Medical and sanitary report of the native army of Bengal for the year
Year: 1878
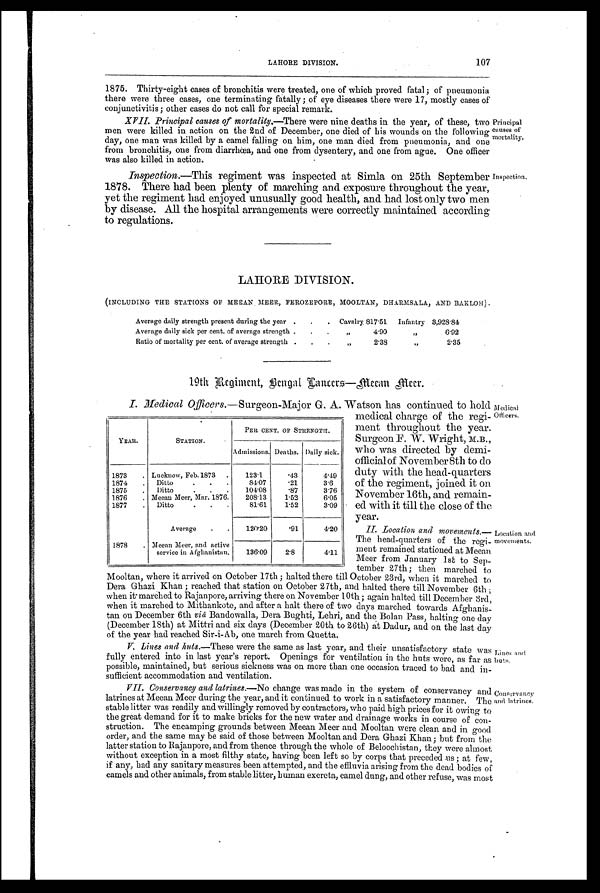
Medical
Officers.
Location and
novenients.
Lines and
huts.
Conservancy
and latrines.
LAHORE DIVISION.
107
1875. Thirty-eight cases of bronchitis were treated, one of which proved fatal ; of pneumonia
there were three cases, one terminating fatally ; of eye diseases there were 17, mostly cases of
conjunctivitis; other cases do not call for special remark.
XVII. Principal causes of mortality.—There were nine deaths in the year, of these, two
men were killed in action on the 2nd of December, one died of his wounds on the following
day, one man was killed by a camel falling on him, one man died from pneumonia, and one
from bronchitis, one from diarrhœa, and one from dysentery, and one from ague. One officer
was also killed in action.
Inspection.—This regiment was inspected at Simla on 25th September
1878. There had been plenty of marching and exposure throughout the year,
yet the regiment had enjoyed unusually good health, and had lost only two men
by disease. All the hospital arrangements were correctly maintained according
to regulations.
Principal
causes of
mortality.
Inspection.
LAHORE DIVISION.
(INCLUDING THE STATIONS OF MEEAN MEER, FEROZEPORE, MOOLTAN, DHARMSALA, AND BAKLOH).
Average daily strength present during the year . . . Cavalry. 817.51 Infantry 3,928.84
Average daily sick per cent. of average strength . . .
„
4.90
,,
6.92
Ratio of mortality per cent. of average strength . . .
„
2.3
,,
2.35
19t h Regi ment , Bengal Lancer s —Meean Meer .
I. Medical Officers. —Surgeon-Major G. A. Watson has continued to hold
medical charge of the regi-
ment throughout the year
Surgeon F. W. Wright, M.B.
who was directed by demi-
official of November 8th to do
duty with the head-quarter
of the regiment, joined it on
November 16th, and remain-
ed with it till the close of the
year.
II. Location and movements.
—The head-quarters of the regi-
ment remained stationed at Meean
Meer from January 1st to Sep-
tember 27th; then marched to
Mooltan, where it arrived on October 17th ; halted there till October 23rd, when it marched to
Dera Ghazi Khan ; reached that station on October 27th, and halted there till November 6th ;
when it marched to Rajanpore, arriving there on November 10th; again halted till December 3rd,
when it marched to Mithankote, and after a halt there of two days marched towards Afghanis-
tan on December 6th viâ Bandowalla, Dera Bughti, Lehri, and the Bolan Pass, halting one day
(December 18th) at Mittri and six days (December 20th to 26th) at Dadur, and on the last day
of the year had reached Sir-i-Ab, one march from Quetta.
V . L i n e s a n d h u t s . — T h e s e w e r e t h e s a m e a s l a s t y e a r , a n d t h e i r u n s a t i s f a c t o r y s t a t e w a s
fully entered into in last year's report. Openings for ventilation in the huts were, as far as
possible, maintained, but serious sickness was on more than one occasion traced to bad and in-
sufficient accommodation and ventilation.
V I I . C o n s e r v a n c y a n d l a t r i n e s . — N o c h a n g e w a s m a d e i n t h e s y s t e m o f c o n s e r v a n c y a n d
latrines at Meean Meer during the year, and it continued to work in a satisfactory manner. The
stable litter was readily and willingly removed by contractors, who paid high prices for it owing to
the great demand for it to make bricks for the new water and drainage works in course of con-
struction. The encamping grounds between Meean Meer and Mooltan were clean and in good
order, and the same may be said of those between Mooltan and Dera Ghazi Khan ; but from the
latter station to Rajanpore, and from thence through the whole of Beloochistan, they were almost
without exception in a most filthy state, having been left so by corps that preceded us ; at few,
if any, had any sanitary measures been attempted, and the effluvia arising from the dead bodies of
camels and other animals, from stable litter, human excreta, camel dung, and other refuse, was most
YEAR.
STATION.
PER CENT. OF STRENGTH.
Admissions. Deaths. Daily sick.
1873 . Lucknow, Feb.1873 .
123.1
.43
4.49
1874 . Ditto
84.07
.21
3.6
1875 . Ditto
. . .
104.08
.87
3.76
1876 . Meean Meer, Mar. 1876.
208.13
1.52
6.05
1877 . Ditto
81.61
1.52
3.09
Average . .
120.20
.91
4.20
1878 . Meean Meer, and active
service in Afghanistan.
136.09
2.8
4.11